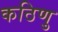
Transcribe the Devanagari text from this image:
कठिणु